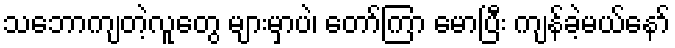
သဘောကျတဲ့လူတွေ များမှာပဲ၊ တော်ကြာ မောပြီး ကျန်ခဲ့မယ်နော်